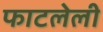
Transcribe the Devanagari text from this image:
फाटलेली